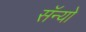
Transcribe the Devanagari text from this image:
सॅन्यो